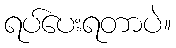
ရပ်ပေးရတာပဲ။